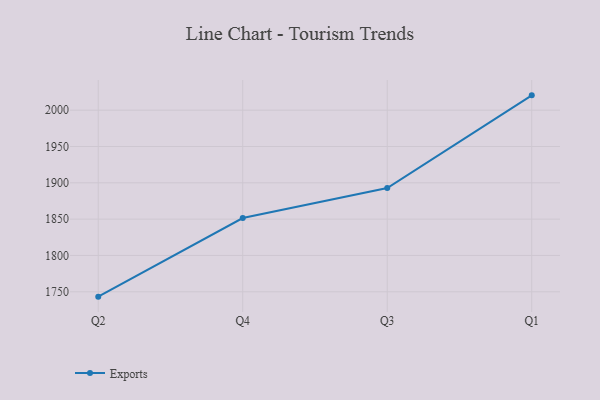
{"axis": {"x": "Quarter", "y": "Gross Profit (USD K)"}, "legend": ["Exports"], "data": [{"x": "Q2", "y": 1743.3, "type": "Exports"}, {"x": "Q4", "y": 1851.5, "type": "Exports"}, {"x": "Q3", "y": 1892.8, "type": "Exports"}, {"x": "Q1", "y": 2020.4, "type": "Exports"}]}